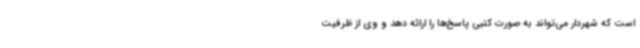
است که شهردار می‌تواند به صورت کتبی پاسخ‌ها را ارائه دهد و وی از ظرفیت